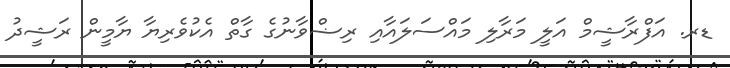
ޑރ. އަފްރާޝީމް އަލީ މަރާލި މައްސަލައާއި ރިޟްވާނުގެ ގާތް އެކުވެރިޔާ ޔާމީން ރަޝީދު